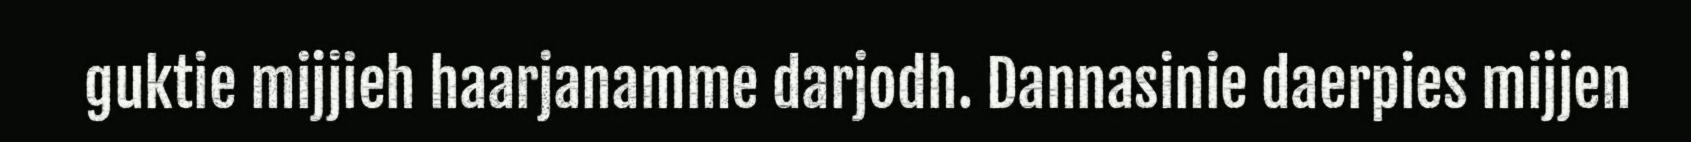
guktie mijjieh haarjanamme darjodh. Dannasinie daerpies mijjen